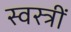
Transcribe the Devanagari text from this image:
स्वस्त्रीं